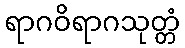
ရာဂဝိရာဂသုတ္တံ